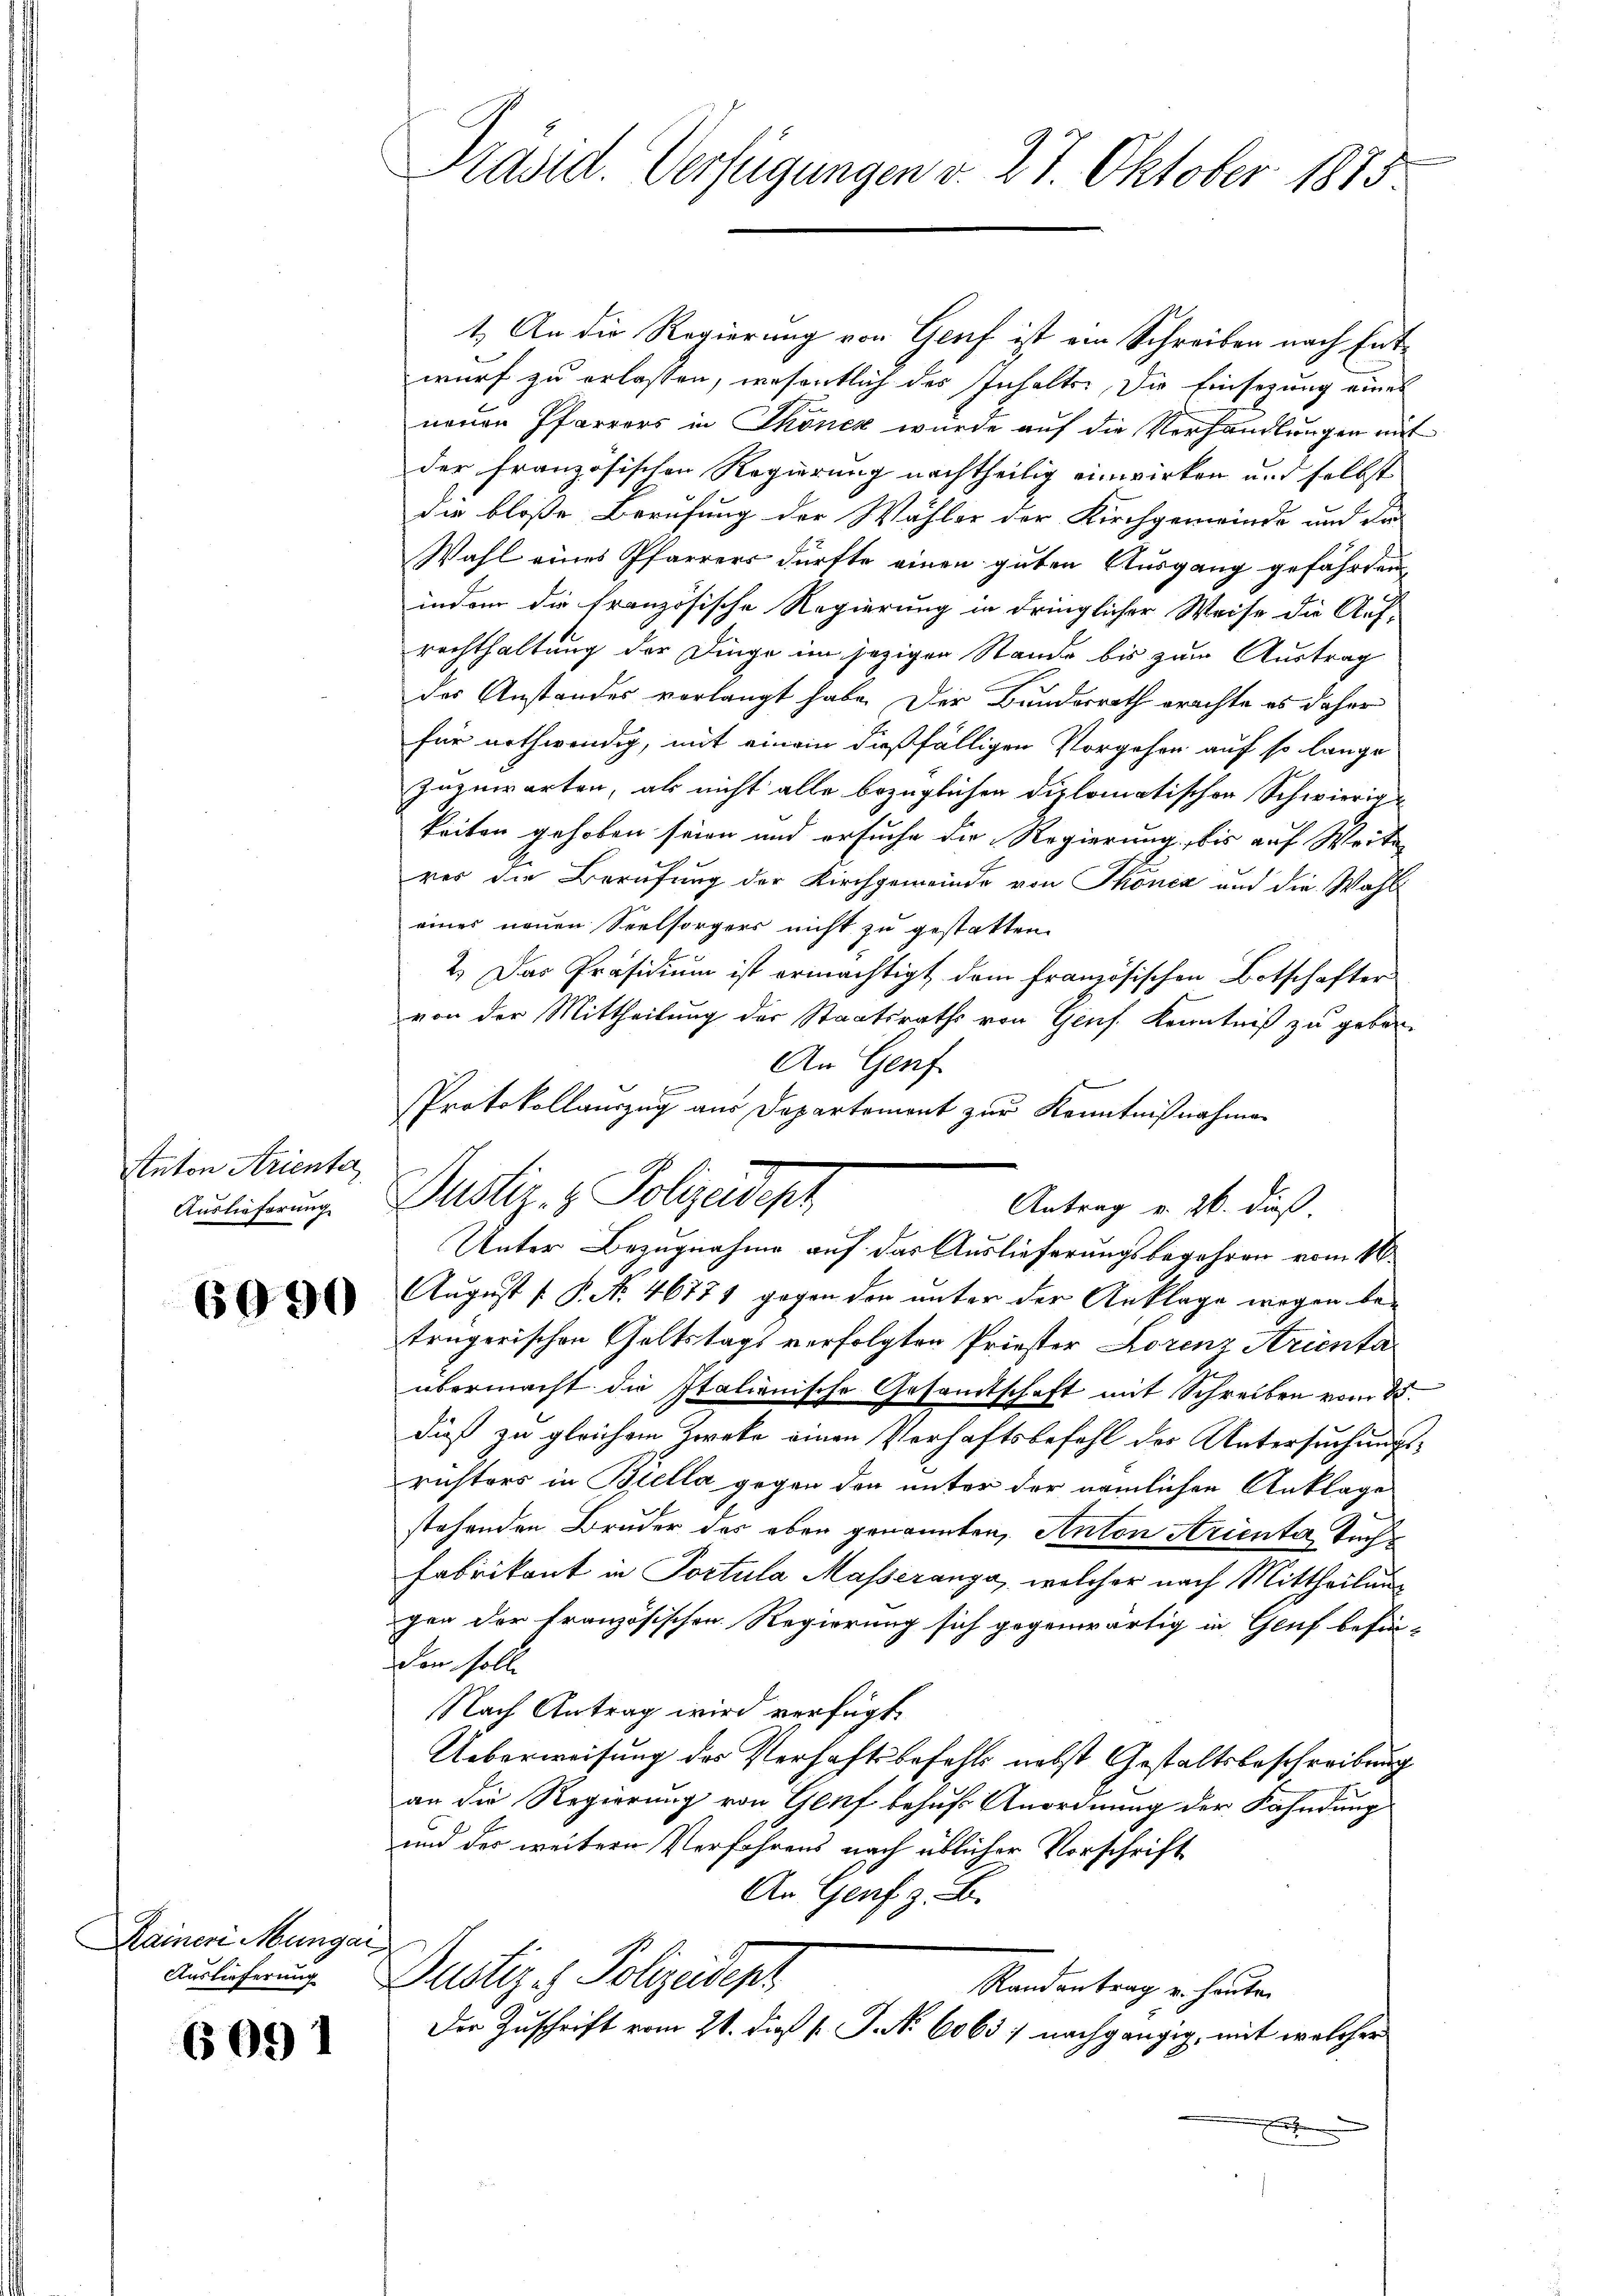
Anton Strinke
Auslieferung

6090

Dainen Mungar

6091

Präsid. Verfügungen v. 27. Oktober 1875.

Justiz- & Polizadepz

1.) An die Regierung von Genf ist ein Schreiben nach Entwurf zu erlassen, wesentlich des Inhalten, die Einsezung eines
neuen Pfarrers in Thonex wurde auf die Verhandlungen mit
der französischen Regierung nachtheilig einwirken und selbst
die bloße Berufung der Wähler der Kirchgemeinde und da
Wahl eines Pfarrers dürfte einen guten Ausgang gefährten
indem die französische Regierung in dringlicher Weise die Auf-
rechthaltung der Dinge im jezigen Stande bis zum Austrag
des Anstandes verlangt habe. Der Bundesrath erachte es daher
für nothwendig, mit einem dießfälligen Vorgehen auf so lange
zuzuwarten, als nicht alle bezüglichen Diplomatischen Schwierige
keiten gehoben seien und ersuche die Regierung, bis auf Weite
rer die Berufung der Kirchgemeinde von Thonen und die Wahleines neuen Seelsorgers nicht zu gestatten.
2.) Das Präsidium ist ermächtigt dem französischen Botschafter
von der Mittheilung der Staatsraths von Genf. Kenntniß zu geben¬
An Genf
.
Protokollauszug aus Departement zur Kenntnißnahmen
Antrag v. 26. dieß.
Unter Bezugnahme auf das Auslieferungsbegehren vom 16.
August [ P. No. 46771 gegen den unter der Anklage wegen betrügerischen Geltstags verfolgten Priester Lorenz Arienta
übermacht die Italienische Gesandtschaft mit Schreiben vom 28.
dieß zu gleichem Zweke einen Verhaftsbefehl des Untersuchungsrichters in Biella gegen den unter der nämlichen Anklage
stehenden Bruder des eben genannten Anton Arienta Tis
Fabrikant in Postula Masseranza, welcher nach Mittheilung
gen der Französischen Regierung sich gegenwärtig in Genf befin-
den solle
Nach Antrag wird verfügt,
Ueberweisung des Verhaftsbefehls nebst Gestaltsbeschreibung
an die Regierung von Genf behuf Anordnung der Fahndung
und des weitern Verfahrens nach üblicher Vorschrift
An Genf. z. B.
Auslicherung. Dustiz- & Polizeidep
Randantrag u. heuten
Der Zuschrift vom 21. dieß s. J. No 6063 nachgängig, mit welcher
r